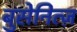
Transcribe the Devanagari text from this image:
बुसेनित्ज़